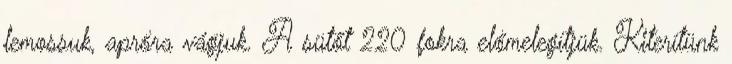
lemossuk, apróra vágjuk. A sütőt 220 fokra előmelegítjük. Kiterítünk